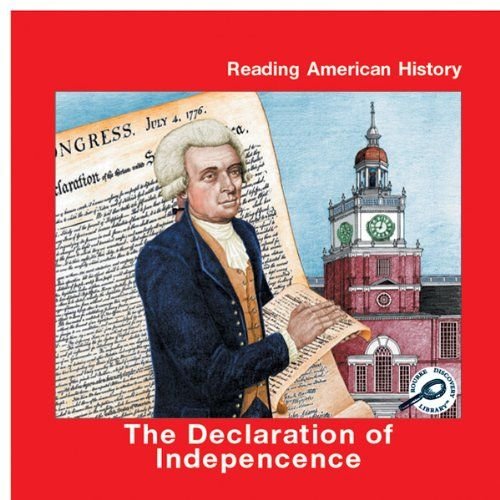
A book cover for The Declaration of Independence (Rourke Discovery Library); Melinda Lilly; Children's Books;